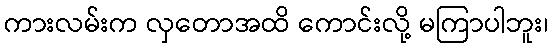
ကားလမ်းက လှတောအထိ ကောင်းလို့ မကြာပါဘူး၊